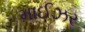
માઈઝર